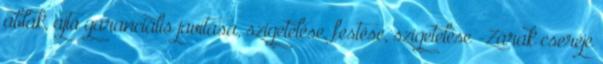
ablak, ajtó garanciális javítása, szigetelése, festése, szigetelése -Zárak cseréje